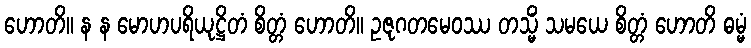
ဟောတိ။ န န မောဟပရိယုဋ္ဌိတံ စိတ္တံ ဟောတိ။ ဥဇုဂတမေဝဿ တသ္မိံ သမယေ စိတ္တံ ဟောတိ ဓမ္မံ